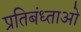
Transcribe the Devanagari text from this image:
प्रतिबंध्ताओ